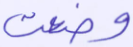
وضعت